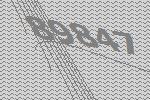
89847